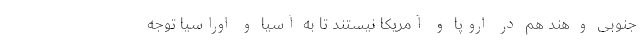
جنوبی و هند هم در اروپا و آمریکا نیستند تا به آسیا و اوراسیا توجه